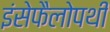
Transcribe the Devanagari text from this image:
इंसेफैलोपथी